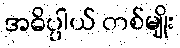
အဓိပ္ပါယ် တစ်မျိုး